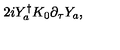
2 i Y _ { a } ^ { \dagger } K _ { 0 } \partial _ { \tau } Y _ { a } ,